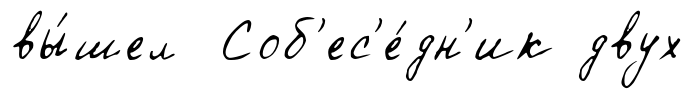
вы́шел Соб'ес'е́дн'ик двух